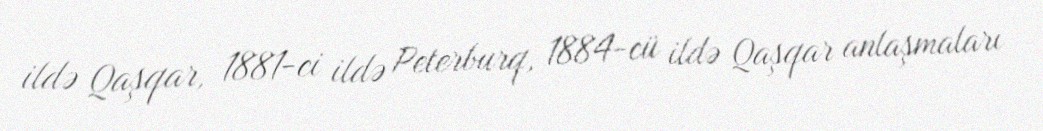
ildə Qaşqar, 1881-ci ildə Peterburq, 1884-cü ildə Qaşqar anlaşmaları